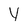
Character: y